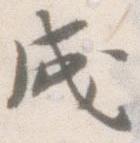
成